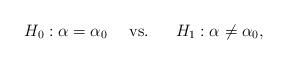
LaTeX: \begin{align*}H_0:\alpha ={\alpha }_0\ \ \ \ {\rm vs}.\ \ \ \ \ H_1:\alpha \neq{\alpha }_0,\end{align*}